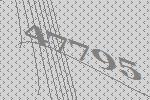
47795